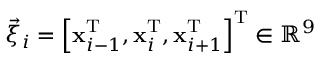
\vec { \xi } _ { i } = \left[ \mathbf { x } _ { i - 1 } ^ { \mathrm { T } } , \mathbf { x } _ { i } ^ { \mathrm { T } } , \mathbf { x } _ { i + 1 } ^ { \mathrm { T } } \right] ^ { \mathrm { T } } \in \mathbb { R } ^ { 9 }